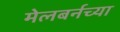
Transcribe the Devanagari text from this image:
मेलबर्नच्या